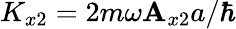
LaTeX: K_{x2}=2m\omega\mathbf{A}_{x2}a/\hbar